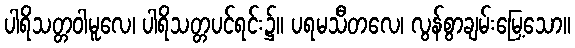
ပါရိသတ္တဝါမူလေ၊ ပါရိသတ္တပင်ရင်း၌။ ပရမသီတလေ၊ လွန်စွာချမ်းမြေ့သော။